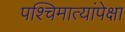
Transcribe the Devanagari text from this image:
पश्चिमात्यांपेक्षा